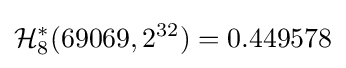
{\mathcal {H}}_{8}^{*}(69069,2^{32})=0.449578